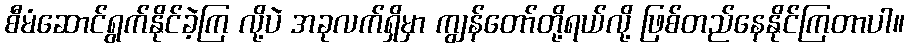
စီမံဆောင်ရွက်နိုင်ခဲ့ကြ လို့ပဲ အခုလက်ရှိမှာ ကျွန်တော်တို့ရယ်လို့ ဖြစ်တည်နေနိုင်ကြတာပါ။